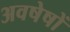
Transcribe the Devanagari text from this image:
अवषेषों